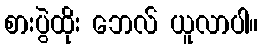
စားပွဲထိုး ဘေလ် ယူလာပါ။